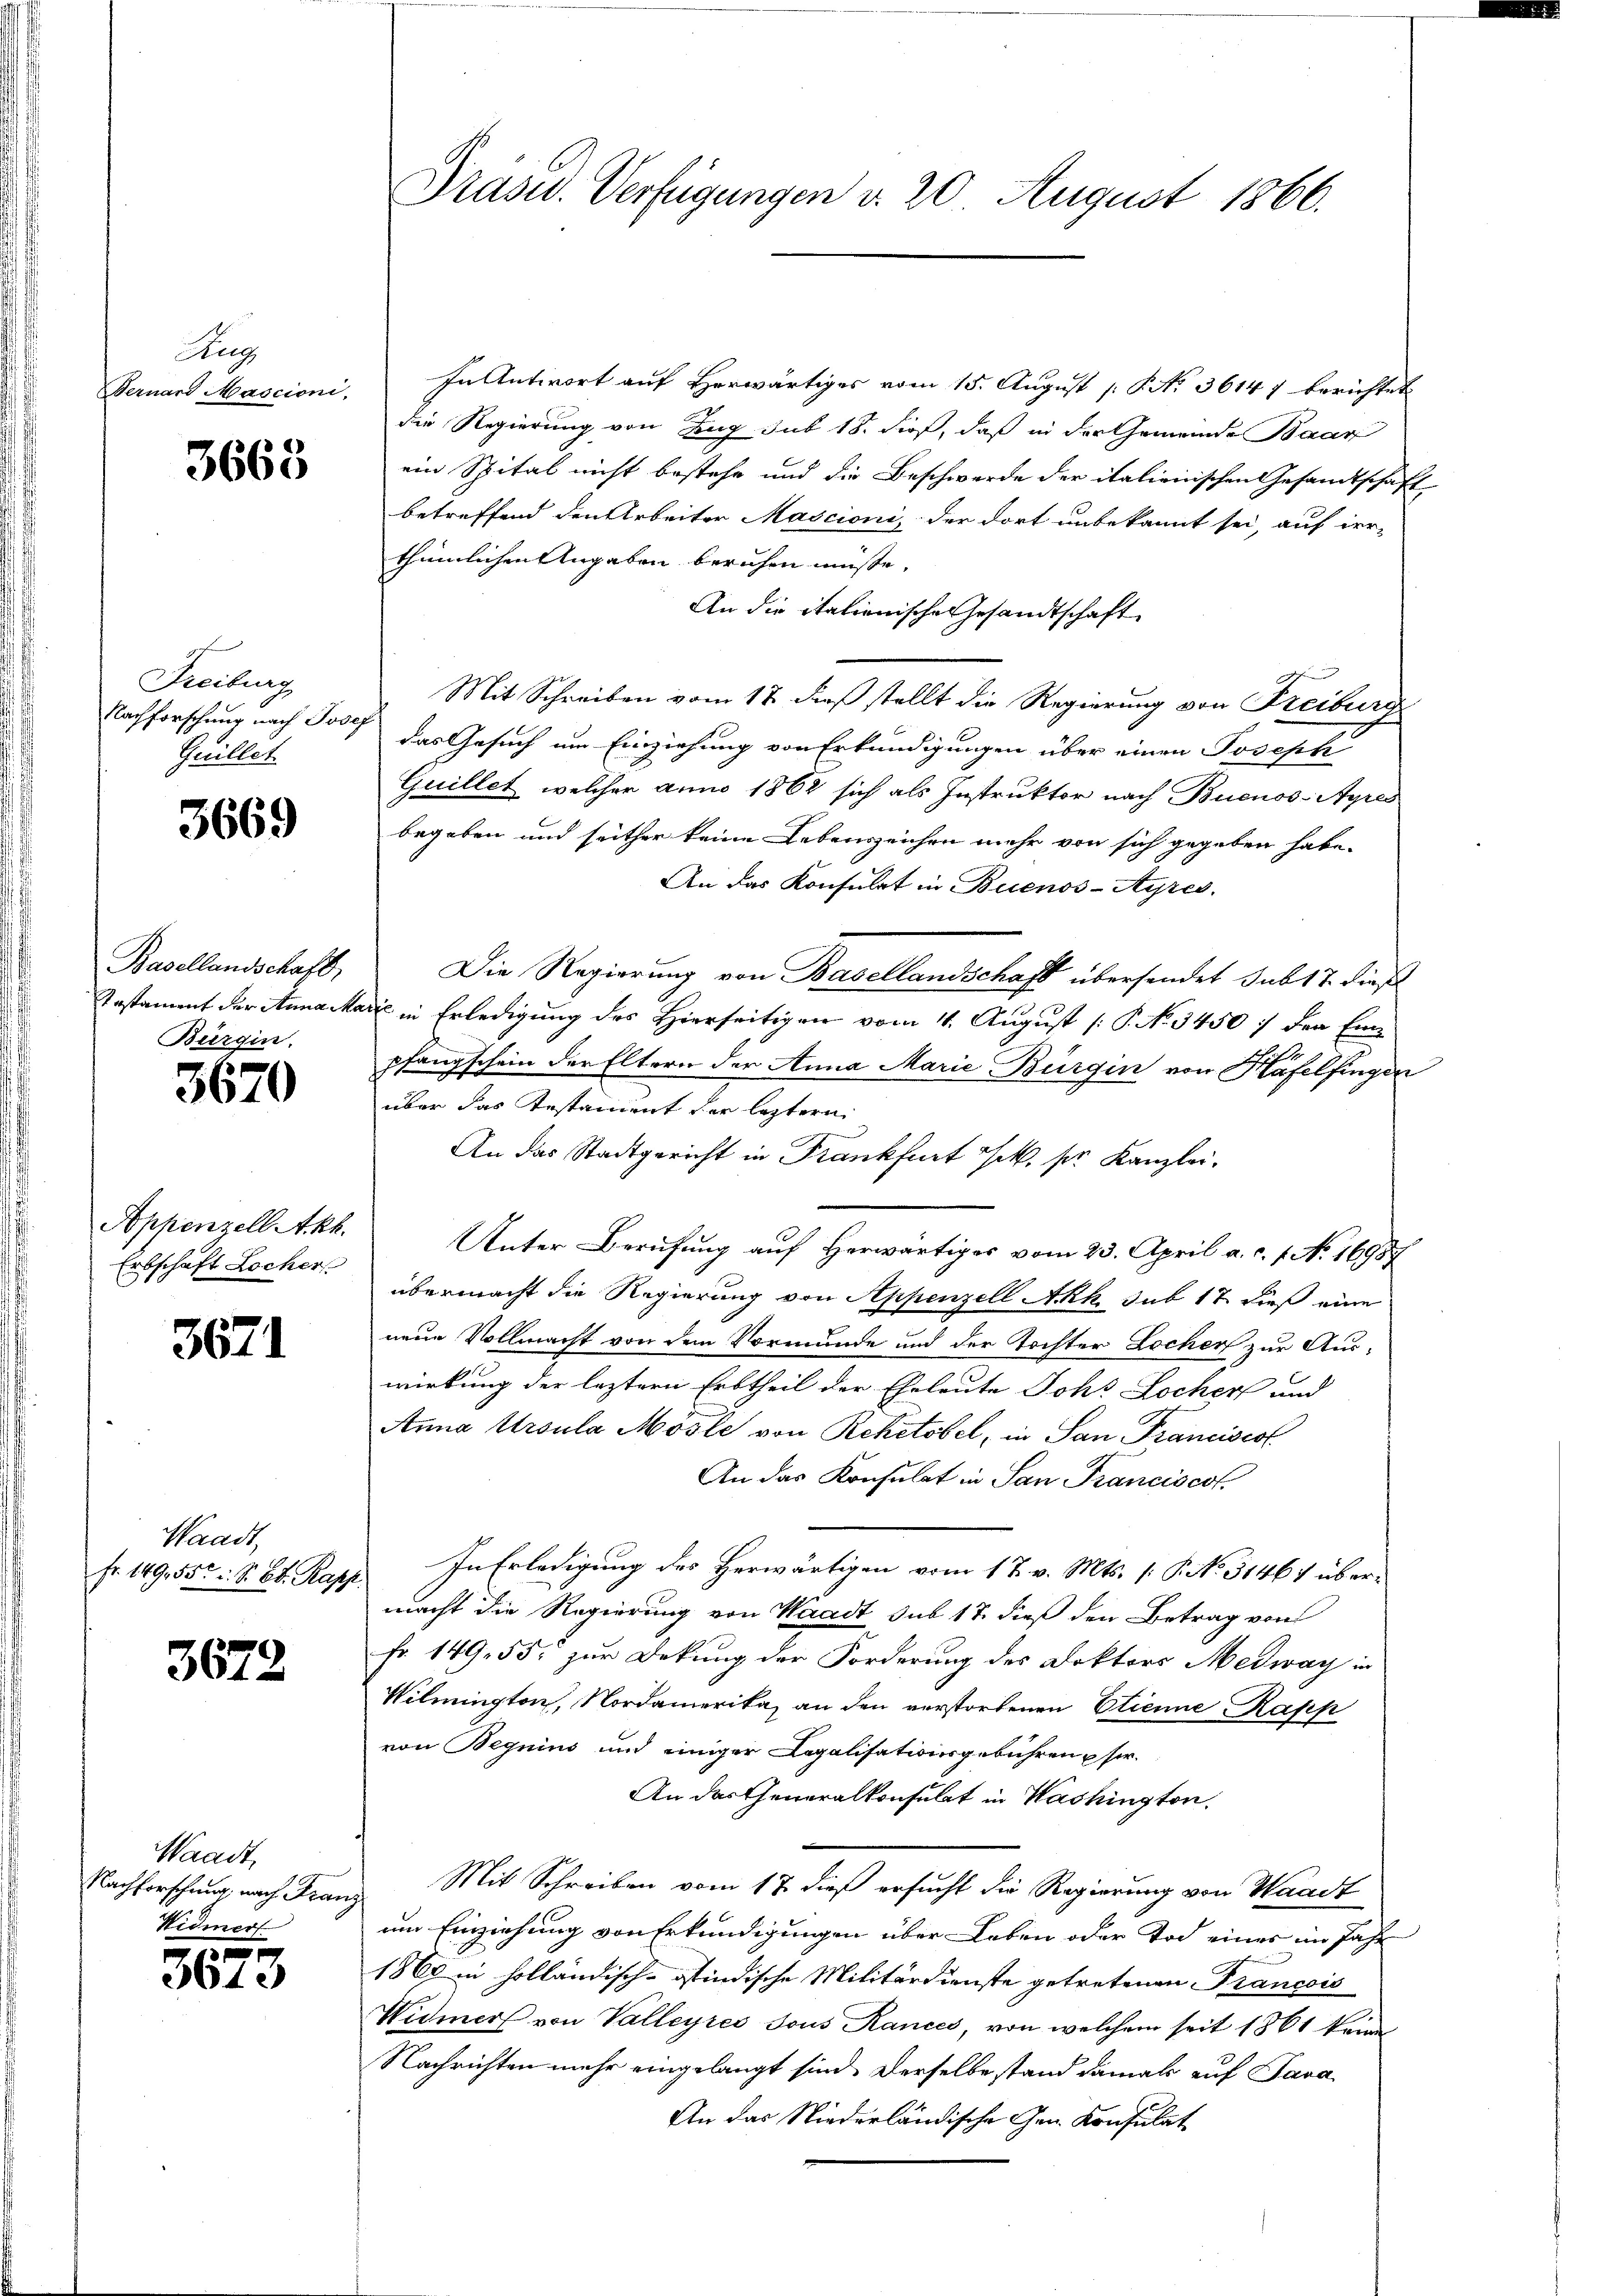
Aug
Bernard Mascioni,

3663

Freiburg
Nachforschung nach Josef
Guillet

3669

Basellandschaft,
Instament der Anna Mar
Bürgin.

3670

Appenzell Akh.
Erbschaft Locher

3671

Waadt,
fr. 149, 555 u. S. Bd. Rapp

3672

Waadt,
Nachforschung, nach Franz
Widmer

1
3010

Präsid. Verfügungen d. 20 August 1866.

In Antwort auf Herwärtiges vom 15. August [ P. No. 36147 berichtet
die Regierung von Zug sub 18. dieß, daß in der Gemeinde Baar
ein Spital nicht bestehe und die Beschwerde der italienischen Gesandtschaft
betreffend den Arbeiter Mascioni, der dort unbekannt sei, auf irrthümlichen Angaben beruhen müsse,
An die itationische Gesandtschaft
Mit Schreiben vom 17. dieß stellt die Regierung von Freiburg
das Gesuch um Einziehung von Erkundigungen über einen Joseph
Guillet, welcher anno 1862 sich als Instruktor nach Buenos-Ayres
begeben und seither keine Lebenszeichen mehr von sich gegeben habe.
An das Konsulat in Buenos-Ayres,
Die Regierung von Basellandschaft übersendet sub 17. dieß
 in Erledigung des Hierseitigen vom 11. August [P. No 34507 der Einpfangschein der Eltern der Anna Marie Bürgin von Häfelfingen
über das Testament der leztern
An das Stadtgericht in Frankfurt k. pr. Kanzlei.
Unter Berufung auf Herwärtiges vom 23. April a. c. 1. No. 16957
übermacht die Regierung von Appenzell Akk. sub 17 dieß eine
neue Vollmacht von dem Vormunde und der Tochter Locher zur Aus-
wirkung der leztern Erbtheil der Eheleute Johs Lochers und
Anna Ursula Mösle von Rehetobel, in San Francisco
An das Konsulat in San Franciscot
In Erledigung des Herwärtigen vom 17. v. Mts. (: P. No. 31467 übermacht die Regierung von Waadt sub 17. dieß den Betrag von
Fr. 149, 55 zur Dekung der Forderung des Doktors Medway in
Wilmington, Nordamerika, an den verstorbenen Clienne Rafep
von Begnius und einiger Legalisationsgebühren u sor¬
An das Generalkonsulat in Washington.
Mit Schreiben vom 17. dieß ersucht die Regierung von Waadt
um Einziehung von Erkundigungen über Leben oder Tod einer im Jahr
1865 in holländisch-stindische Militärdienste getretenen Francois
Widmer von Valleyres sous Rances, von welchem seit 1861 keine
Nachrichten mehr eingelangt sind. Derselbe stand damals auf Java
An das Niederländische Gen. Konsulat